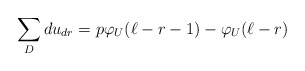
\begin{align*}\sum_D du_{dr}= p\varphi_U(\ell-r-1)-\varphi_U(\ell-r)\end{align*}